DOW-UAP-D48, Department of the Air Force Report, 1996
Agency: Department of War
Incident date: 9/10/96
Page 99
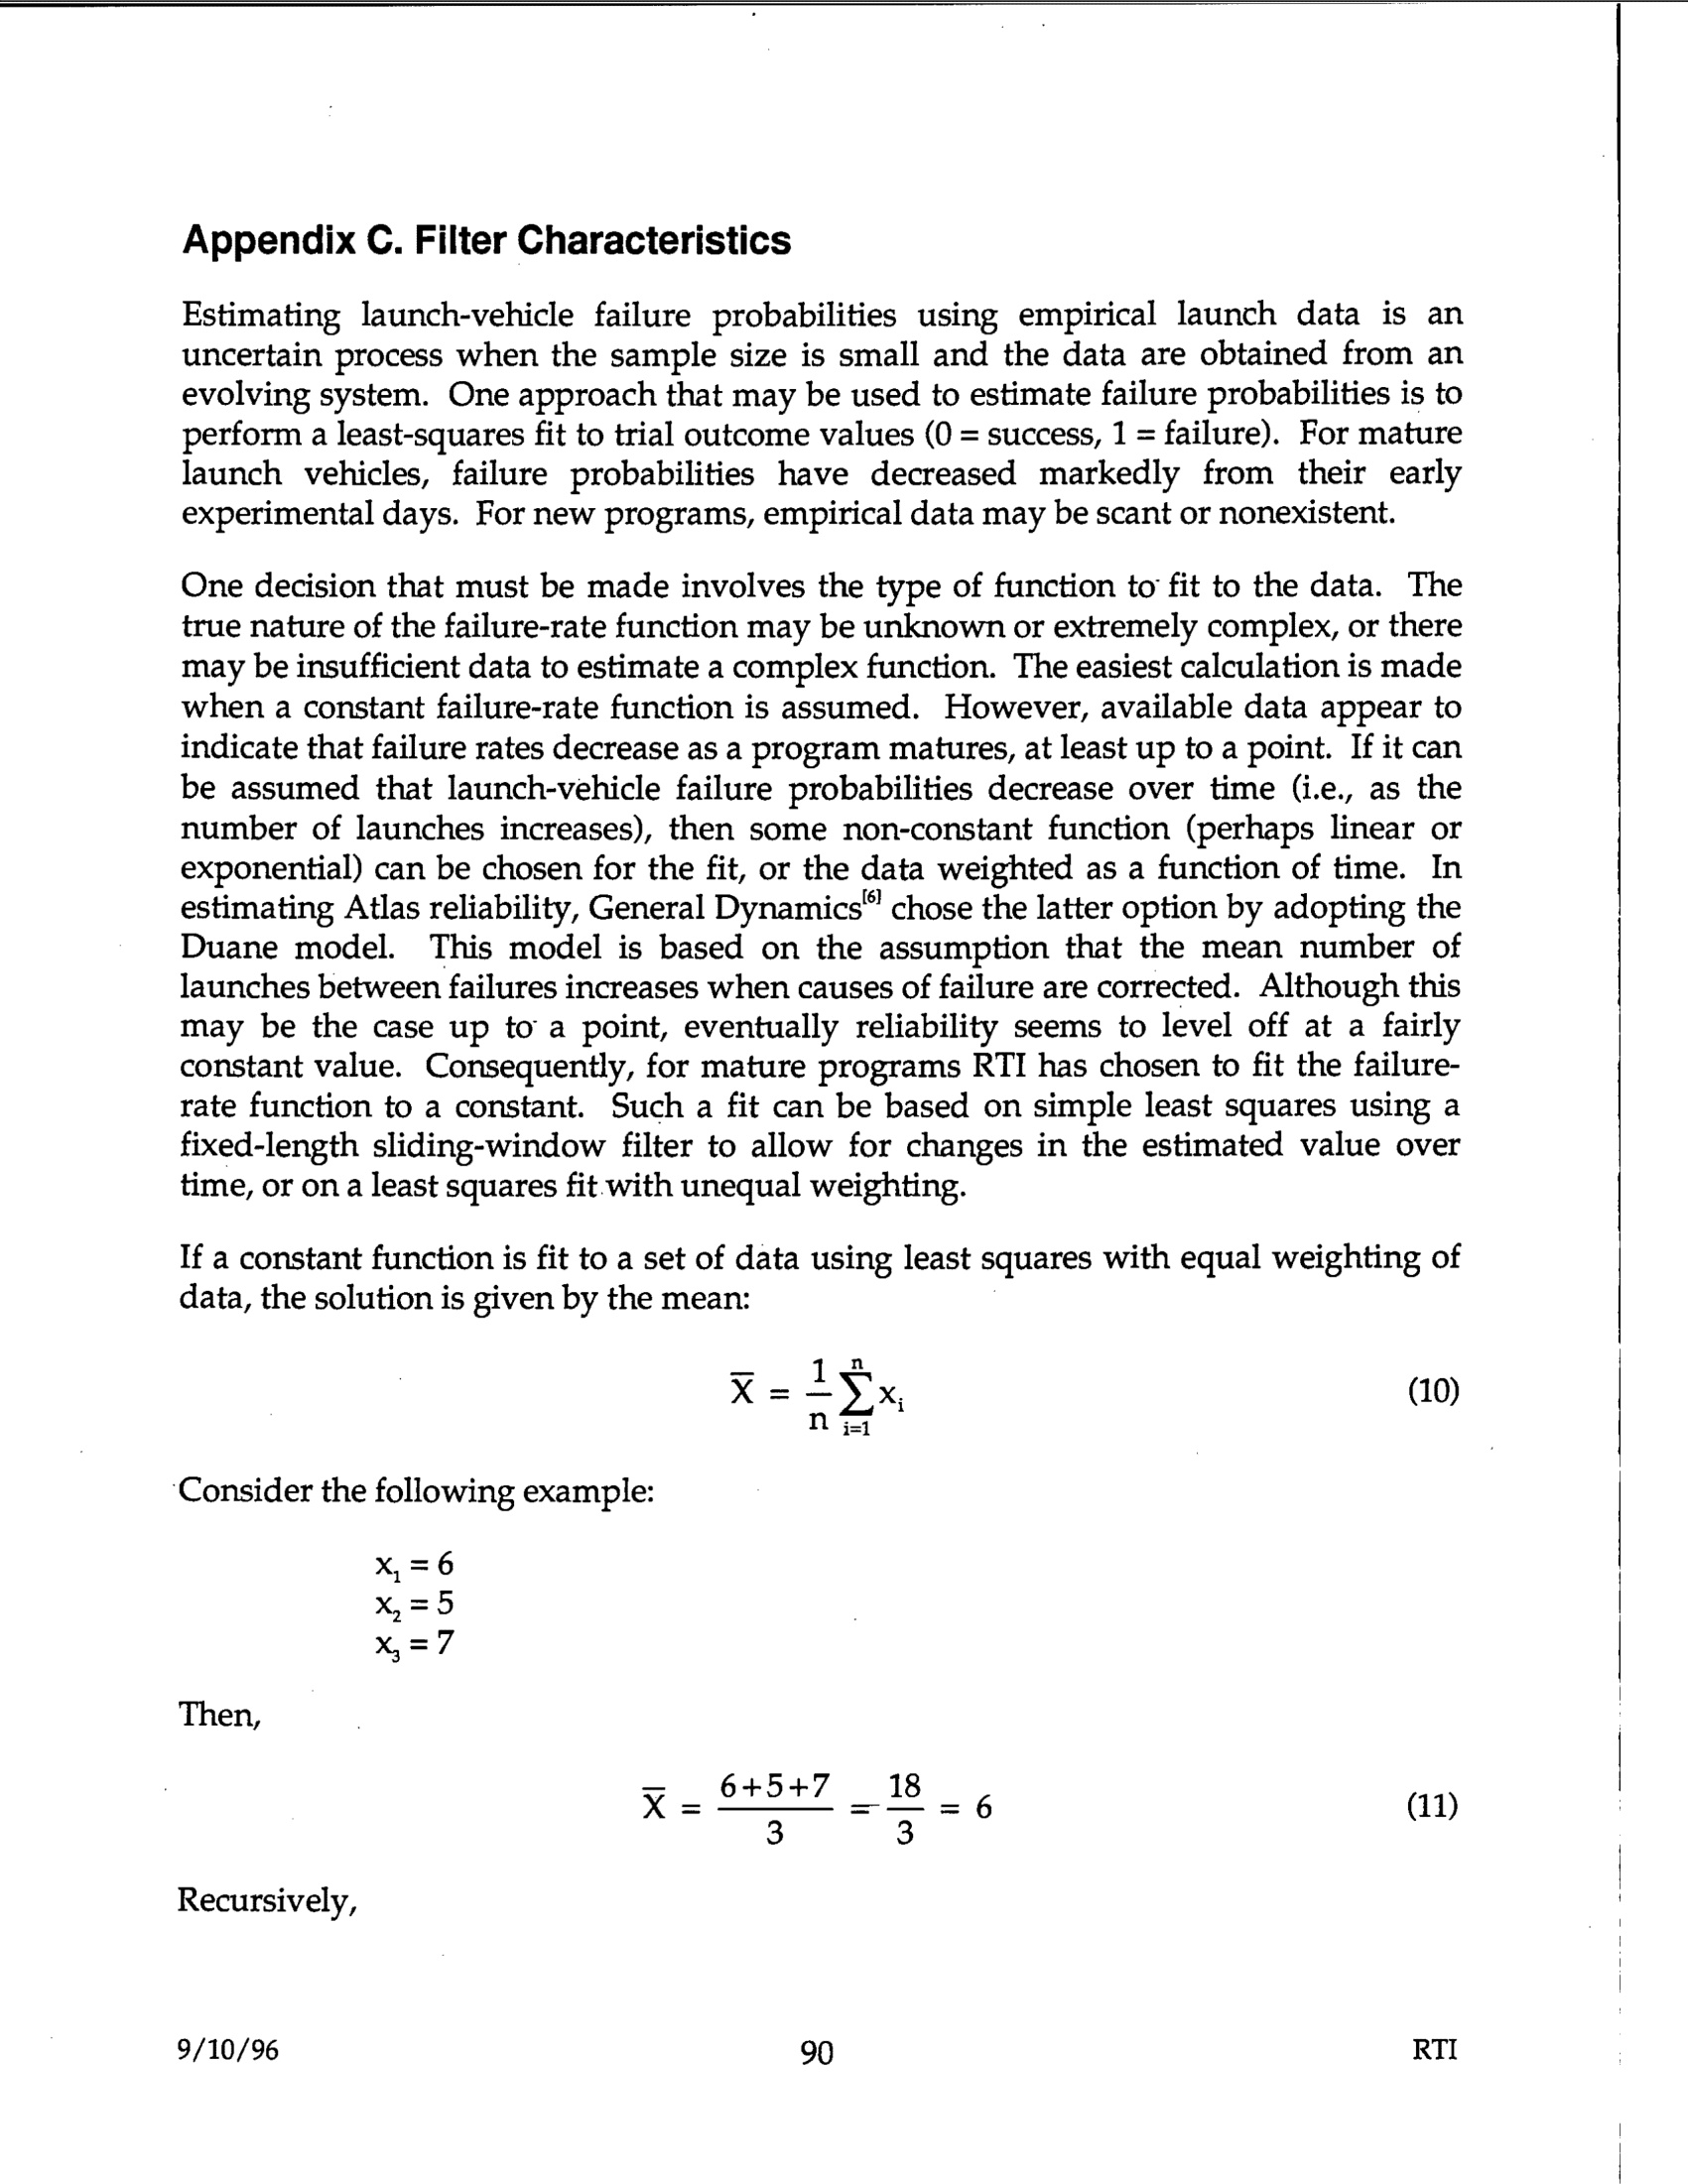